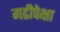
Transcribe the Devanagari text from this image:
गढीपेक्षा